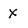
Character: x